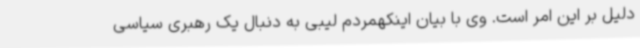
دلیل بر این امر است. وی با بیان اینکهمردم لیبی به دنبال یک رهبری سیاسی